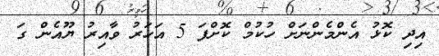
އިދި ކޮޅު އެންމެންނަށް ހުކުމް ކޮށްފަ 5 އަހަރު ވާއިރު ޔޫއެން ގަ